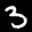
Label: 3